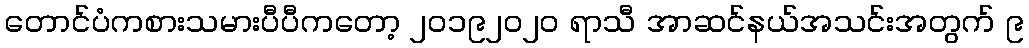
တောင်ပံကစားသမားပီပီကတော့ ၂၀၁၉၂၀၂၀ ရာသီ အာဆင်နယ်အသင်းအတွက် ၉